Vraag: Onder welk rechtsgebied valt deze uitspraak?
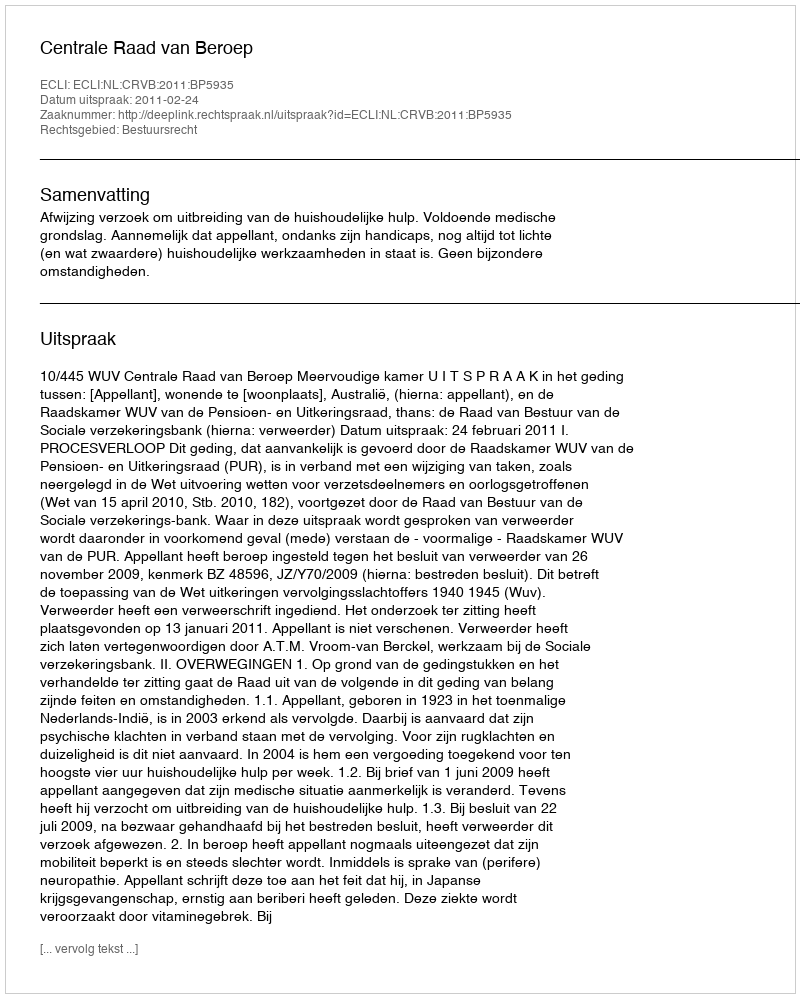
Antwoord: Bestuursrecht